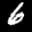
Label: 6